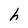
Character: h